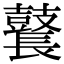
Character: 鼚